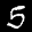
Label: 5